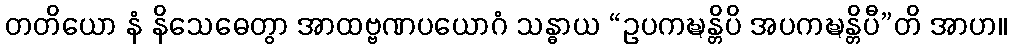
တတိယော နံ နိသေဓေတွာ အာထဗ္ဗဏပယောဂံ သန္ဓာယ “ဥပကဍ္ဎန္တိပိ အပကဍ္ဎန္တိပီ”တိ အာဟ။